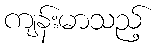
ကျန်းမာသည့်